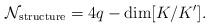
LaTeX: \begin{align*}{\cal N}_{\rm structure} = 4q- {\rm dim}[K/K'].\end{align*}